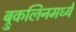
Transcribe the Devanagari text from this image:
ब्रुकलिनमध्ये